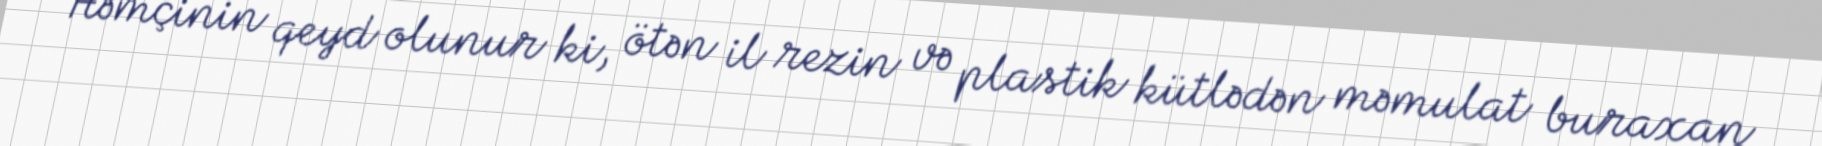
Həmçinin qeyd olunur ki, ötən il rezin və plastik kütlədən məmulat buraxan